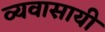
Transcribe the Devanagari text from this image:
व्यवासायी